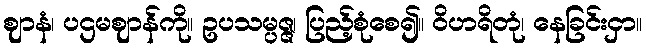
ဈာနံ၊ ပဌမဈာန်ကို။ ဥပသမ္ပဇ္ဇ၊ ပြည့်စုံစေ၍။ ဝိဟရိတုံ၊ နေခြင်းငှာ။